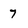
Character: 7